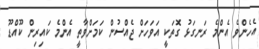
އެހެންވެ އެންމެ ރަނގަޅު ގޮތަކީ އަވަހަށް ޖެއްސުން ކަމަށްވާތީ އެންމެ ކައިރިން ކޫއްޑޫ